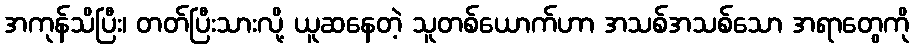
အကုန်သိပြီး၊ တတ်ပြီးသားလို့ ယူဆနေတဲ့ သူတစ်ယောက်ဟာ အသစ်အသစ်သော အရာတွေကို